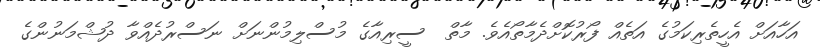
އަހާއަށް އެހީތެރިކަމުގެ އަތެއް ފޯރުކޮށްދެމާތޯއެވެ. މާތް  ސީރިއާގެ މުސްލިމުންނަށް ނަސްރުދެއްވާ ދުޝްމަނުންގެ